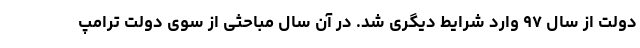
دولت از سال ۹۷ وارد شرایط دیگری شد. در آن سال مباحثی از سوی دولت ترامپ